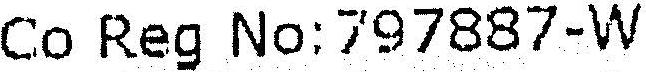
CO REG NO:797887-W